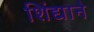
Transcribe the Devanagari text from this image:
शिंद्याने